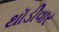
થૉડીવાર